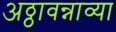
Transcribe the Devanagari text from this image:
अठ्ठावन्नाव्या